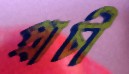
প্রাচী